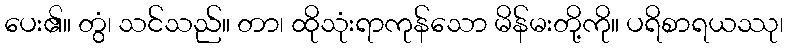
ပေး၏။ တွံ၊ သင်သည်။ တာ၊ ထိုသုံးရာကုန်သော မိန်မးတို့ကို။ ပရိစာရယဿု၊